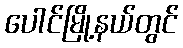
ပေါင်မြို့နယ်တွင်